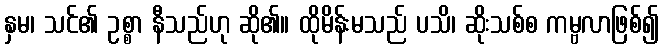
နှမ၊ သင်၏ ဥစ္စာ နီသည်ဟု ဆို၏။ ထိုမိန်းမသည် ပသိ၊ ဆိုးသစ်စ ကမ္ဗလာဖြစ်၍